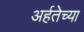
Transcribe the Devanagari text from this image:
अर्हतेच्या